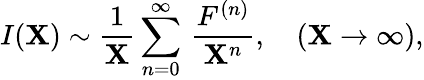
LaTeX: I(\mathbf{X})\sim\frac{{1}}{{\mathbf{X}}}\sum_{n=0}^{\infty}\, \frac{{F^{(n)}}}{{\mathbf{X}^{n}}},\quad(\mathbf{X}\to\infty),